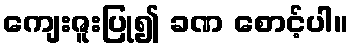
ကျေးဇူးပြု၍ ခဏ စောင့်ပါ။